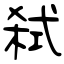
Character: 弑